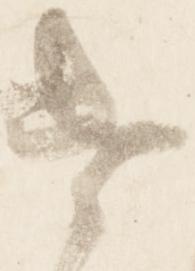
遣